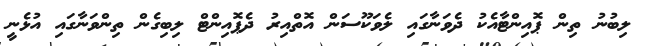
ލިބުނު ތިން ޕޮއިންޓާއެކު ދެވަނާގައި ލެވަކޫސަން އޮތްއިރު ދެޕޮއިންޓް ލިބިގެން ތިންވަނާގައި އުޅެނީ